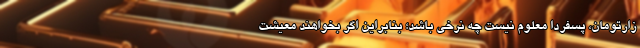
زارتومان، پسفردا معلوم نیست چه نرخی باشد؛ بنابراین اگر بخواهند معیشت